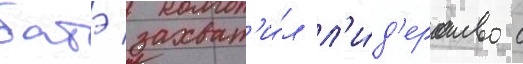
батэ захват'и́л л'и́д'ерство с